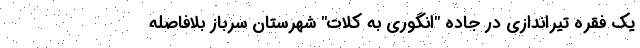
یک فقره تیراندازی در جاده "انگوری به کلات" شهرستان سرباز بلافاصله